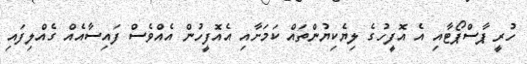
ހުރީ ޕާސްޕޯޓާއި އެ އޮފީހުގެ ލިޔެކިޔުންތައް ކަމަށާއި އެއޮފީހުން އެއްވެސް ފައިސާއެއް ގެއްލިފައި